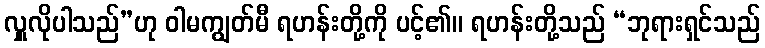
လှူလိုပါသည်”ဟု ဝါမကျွတ်မီ ရဟန်းတို့ကို ပင့်၏။ ရဟန်းတို့သည် “ဘုရားရှင်သည်